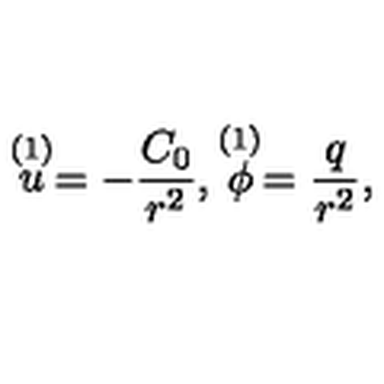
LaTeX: \stackrel { ( 1 ) } { u } = - { \frac { C _ { 0 } } { r ^ { 2 } } } , \stackrel { ( 1 ) } { \phi } = { \frac { q } { r ^ { 2 } } } ,